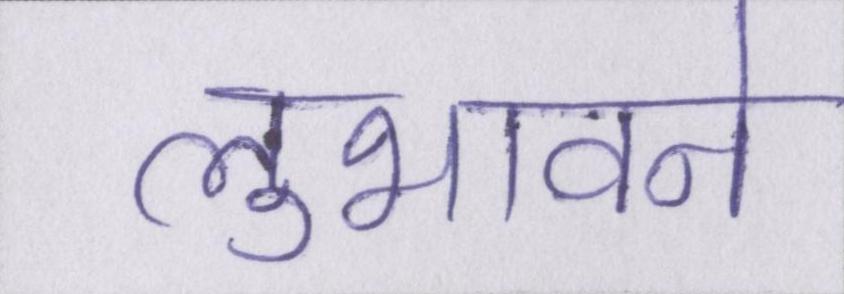
लुभावने